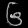
Digit: ၆